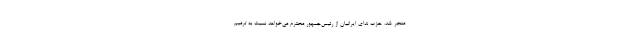
منجر شد. حزب ندای ایرانیان از رئیس‌جمهور محترم می‌خواهد نسبت به ترمیم